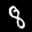
Label: 8